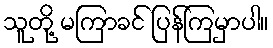
သူတို့ မကြာခင် ပြန်ကြမှာပါ။